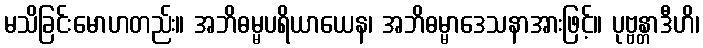
မသိခြင်းမောဟတည်း။ အဘိဓမ္မပရိယာယေန၊ အဘိဓမ္မာဒေသနာအားဖြင့်။ ပုဗ္ဗန္တာဒီဟိ၊